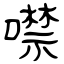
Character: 噤